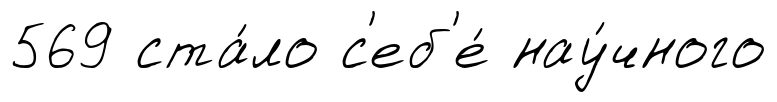
569 ста́ло с'еб'е́ нау́чного